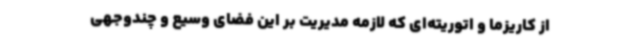
از کاریزما و اتوریته‌ای که لازمه مدیریت بر این فضای وسیع و چندوجهی